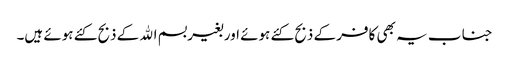
جنا ب یہ بھی کافر کے ذبح کئے ہوئے اور بغیر بسم اﷲ کے ذبح کئے ہوئے ہیں۔